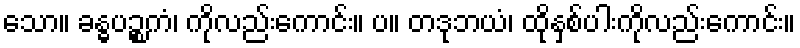
သော။ ခန္ဓပဉ္စကံ၊ ကိုလည်းကောင်း။ ပ။ တဒုဘယံ၊ ထိုနှစ်ပါးကိုလည်းကောင်း။